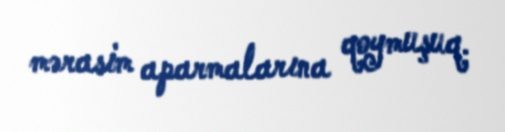
mərasim aparmalarına qoymuşuq.